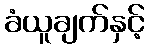
ခံယူချက်နှင့်